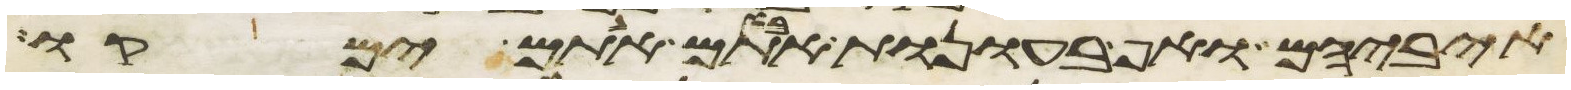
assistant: איביהם ואף בעונות אבותם אתם ימקו